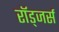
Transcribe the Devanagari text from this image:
रॉड्जर्स